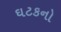
ઘટકનો